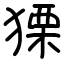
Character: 𤠫